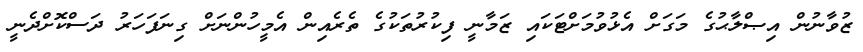
ޒުވާނުން އިޞްލާޙުގެ މަގަށް އެޅުވުމަށްޓަކައި ޒަމާނީ ފިކުރުތަކުގެ ތެރެއިން އެމީހުންނަށް ގިނަފަހަރު ދަސްކޮށްދެނީ